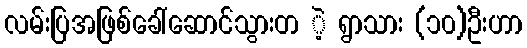
လမ်းပြအဖြစ်ခေါ်ဆောင်သွားတ ဲ့ ရွာသား (၁၀)ဦးဟာ